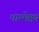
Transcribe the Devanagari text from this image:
पारमेष्ठय